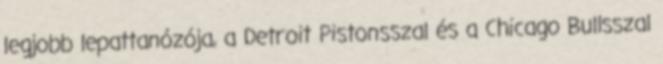
legjobb lepattanózója, a Detroit Pistonsszal és a Chicago Bullsszal